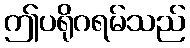
ဤပရိုဂရမ်သည်